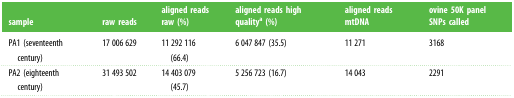
<table><thead><tr><td><b>sample</b></td><td><b>raw reads</b></td><td><b>aligned reads raw (%)</b></td><td><b>aligned reads high quality<sup>a</sup> (%)</b></td><td><b>aligned reads mtDNA</b></td><td><b>ovine 50K panel SNPs called</b></td></tr></thead><tbody><tr><td>PA1 (seventeenth century)</td><td>17 006 629</td><td>11 292 116 (66.4)</td><td>6 047 847 (35.5)</td><td>11 271</td><td>3168</td></tr><tr><td>PA2 (eighteenth century)</td><td>31 493 502</td><td>14 403 079 (45.7)</td><td>5 256 723 (16.7)</td><td>14 043</td><td>2291</td></tr></tbody></table>